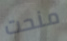
منحت